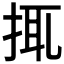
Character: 𢬴